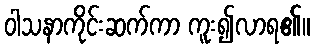
ဝါသနာကိုင်းဆက်ကာ ကူး၍လာရ၏။